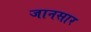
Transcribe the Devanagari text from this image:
जानसार